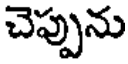
చెప్పును